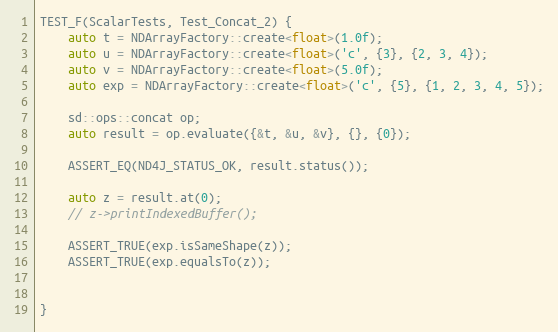
Language: C++
TEST_F(ScalarTests, Test_Concat_2) {
    auto t = NDArrayFactory::create<float>(1.0f);
    auto u = NDArrayFactory::create<float>('c', {3}, {2, 3, 4});
    auto v = NDArrayFactory::create<float>(5.0f);
    auto exp = NDArrayFactory::create<float>('c', {5}, {1, 2, 3, 4, 5});

    sd::ops::concat op;
    auto result = op.evaluate({&t, &u, &v}, {}, {0});

    ASSERT_EQ(ND4J_STATUS_OK, result.status());

    auto z = result.at(0);
    // z->printIndexedBuffer();

    ASSERT_TRUE(exp.isSameShape(z));
    ASSERT_TRUE(exp.equalsTo(z));

}